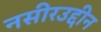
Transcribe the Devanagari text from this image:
नसीरउद्दीन